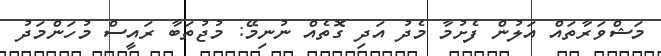
މަޝްްވަރާތައް އަލުން ފެށުމާ މެދު އަދި ގޮތެއް ނުނިމޭ: މުޖުތަބާ ރައީސް މުހަންމަދު